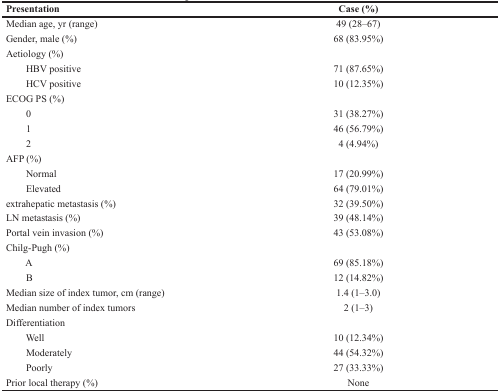
<table><thead><tr><td><b>Presentation</b></td><td><b>Case (%)</b></td></tr></thead><tbody><tr><td>Median age, yr (range)</td><td>49 (28–67)</td></tr><tr><td>Gender, male (%)</td><td>68 (83.95%)</td></tr><tr><td>Aetiology (%)</td><td></td></tr><tr><td> HBV positive</td><td>71 (87.65%)</td></tr><tr><td> HCV positive</td><td>10 (12.35%)</td></tr><tr><td>ECOG PS (%)</td><td></td></tr><tr><td> 0</td><td>31 (38.27%)</td></tr><tr><td> 1</td><td>46 (56.79%)</td></tr><tr><td> 2</td><td>4 (4.94%)</td></tr><tr><td>AFP (%)</td><td></td></tr><tr><td> Normal</td><td>17 (20.99%)</td></tr><tr><td> Elevated</td><td>64 (79.01%)</td></tr><tr><td>extrahepatic metastasis (%)</td><td>32 (39.50%)</td></tr><tr><td>LN metastasis (%)</td><td>39 (48.14%)</td></tr><tr><td>Portal vein invasion (%)</td><td>43 (53.08%)</td></tr><tr><td>Chilg-Pugh (%)</td><td></td></tr><tr><td> A</td><td>69 (85.18%)</td></tr><tr><td> B</td><td>12 (14.82%)</td></tr><tr><td>Median size of index tumor, cm (range)</td><td>1.4 (1–3.0)</td></tr><tr><td>Median number of index tumors</td><td>2 (1–3)</td></tr><tr><td>Differentiation</td><td></td></tr><tr><td> Well</td><td>10 (12.34%)</td></tr><tr><td> Moderately</td><td>44 (54.32%)</td></tr><tr><td> Poorly</td><td>27 (33.33%)</td></tr><tr><td>Prior local therapy (%)</td><td>None</td></tr></tbody></table>